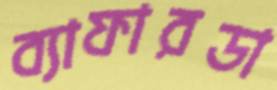
ব্যাফারডা